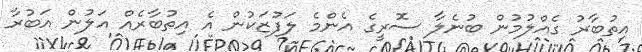
އިތުބާރު ގެއްލުމުން ބުނެލާ ސޮރީގެ އެންމެ ލަފުޒަކުން އެ އިތުބާރެއް އަލުން އަބުރާ